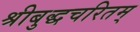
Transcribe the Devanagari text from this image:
श्रीबुद्धचरितम्